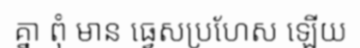
គ្នា ពុំ មាន ធ្វេសប្រហែស ឡើយ